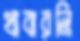
খাবারনি